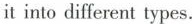
it into different types.